Medical and sanitary report of the native army of Bengal for the year
Year: 1876
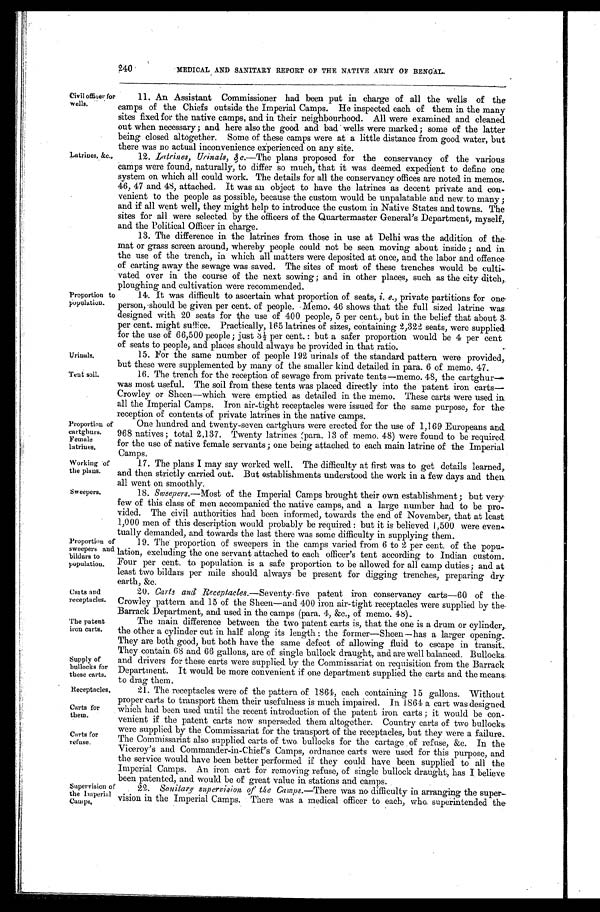
Urinals.
Tent soil.
Proportion of
cartghurs.
Female
latrines.
Working of
the plans.
Casts and
receptacles.
The patent
iron carts.
Supply of
bullocks for
these carts.
Receptacles
Carts for
them.
Carts for
refuse.
240
MEDICAL AND SANITARY REPORT OF THE NATIVE ARMY OF BENGAL.
Civil officer fox
wells.
Latrines, &c.,
Proportion tc
Population.
11. An Assistant Commissioner had been put in charge of all the wells of the
camps of the Chiefs outside the Imperial Camps. He inspected each of them in the many
sites fixed for the native camps, and in their neighbourhood. All were examined and cleaned
out when necessary; and here also the good and bad wells were marked ; some of the latter
being closed altogether. Some of these camps were at a little distance from good water, but
there was no actual inconvenience experienced on any site.
12. Latrines, Urinals, &c.— T h e
p l a n s p r o p o s e d f o r t h e c o n s e r v a n c y o f t h e v a r i o u s
camps were found, naturally, to differ so much, that it was deemed expedient to define one
system on which all could work. The details for all the conservancy offices are noted in memos.
46, 47 and 48, attached. It was an object to have the latrines as decent private and con-
venient to the people as possible, because the custom would be unpalatable and new to many ;
and if all went well, they might help to introduce the custom in Native States and towns. The
sites for all were selected by the officers of the Quartermaster General's Department, myself,
and the Political Officer in charge.
13. The difference in the latrines from those in use at Delhi was the addition of the
mat or grass screen around, whereby people could not be seen moving about inside ; and in
the use of the trench, in which all matters were deposited at once, and the labor and offence
of carting away the sewage was saved. The sites of most of these trenches would be culti-
vated over in the course of the next sowing ; and in other places, such as the city ditch,
ploughing and cultivation were recommended.
14. It was difficult to ascertain what proportion of seats, i. e., private partitions for one
person, should be given per cent. of people. Memo. 46 shows that the full sized latrine was
designed with 20 seats for the use of 400 people, 5 per cent., but in the belief that about 3
per cent. might suffice. Practically, 165 latrines of sizes, containing 2,322 seats, were supplied
f or t he use of 66, 500 peopl e ; j ust 3½ per cent . : but a saf er pr opor t i on woul d be 4 per cent
of seats to people, and places should always be provided in that ratio.
15. For the same number a people 192 urinals of the standard pattern were provided,
but these were supplemented by many of the smaller kind detailed in para. 6 of memo. 47.
1 6 . T h e t r e n c h f o r t h e r e c e p t i o n o f s e w a g e f r o m p r i v a t e t e n t s — m e m o . 4 8 , t h e c a r t g h u r —
was most useful. The soil from these tents was placed directly into the patent iron carts—
Crowley or Sheen—which were emptied as detailed in the memo. These carts were used in
all the Imperial Camps. Iron air-tight receptacles were issued for the same purpose, for the
reception of contents of private latrines in the native camps.
One hundred and twenty-seven cartghurs were erected for the use of 1,169 Europeans and
968 natives ; total 2, 137. Twenty latrines (para. 13 of memo. 48) were found to be required
for the use of native female servants ; one being attached to each main latrine of the Imperial
Camps.
17. The plans I may say worked well. The difficulty at first was to get details learned,
and then strictly carried out. But establishments understood the work in a few days and then
all went on smoothly.
Sweepers.
Proportion of
Sweepers and
bildars to
population.
18. Sweepers.—Most of the Imperial Camps brought their own establishment ; but very
few of this class of men accompanied the native camps, and a large number had to be pro--
vided. The civil authorities had been informed, towards the end of November, that at least
1,000 men of this description would probably be required : but it is believed 1,500 were even-
tually demanded, and towards the last there was some difficulty in supplying them.
19. The proportion of sweepers in the camps varied from 6 to 2 per cent. of the popu
lation, excluding the one servant attached to each officer's tent according to Indian custom..
Four per cent. to population is a safe proportion to be allowed for all camp duties.; and at
least two bildars per mile should always be present for digging trenches, preparing dry.
earth, &c.
Supervision of
the Imperial
Camps.
20. Carts and Receptacles.—Seventy five patent iron conservancy carts—60 of the
Crowley pattern and 15 of the Sheen—and 400 iron air-tight receptacles were supplied by the
Barrack Department, and used in the camps (para. 4, &c., of memo. 48).
The main difference between the two patent carts is, that the one is a drum or cylinder,
the other a cylinder cut in half along its length : the former—Sheen—has a larger opening.
They are both good, but both have the same defect of allowing fluid to escape in transit.
They contain 68 and 66 gallons, are of single bullock draught, and are well balanced. Bullocks.
and drivers for these carts were supplied by the Commissariat on requisition from the Barrack
Department. It would be more convenient if one department supplied the carts and the means
to drag them.
21. The receptacles were of the pattern of 1864, each containing 15 gallons. Without
proper carts to transport them their usefulness is much impaired. In 1864 a cart was designed
which had been used until the recent introduction of the patent iron carts ; it would be con-
-venient if the patent carts now superseded them altogether. Country carts of two bullocks
were supplied by the Commissariat for the transport of the receptacles, but they were a failure.
The Commissariat also supplied carts of two bullocks for the cartage of refuse, &c. In the
Viceroy's and Commander-in-Chief's Camps, ordnance carts were used for this purpose, and
the service would have been better performed if they could have been supplied to all the
Imperial Camps. An iron cart for removing refuse, of single bullock draught, has I believe
been patented and would be of great value in stations and camps.
22. Sanitary supervision Of the Camps.—There was no difficulty in arranging the super—-
vision in the Imperial Camps. There was a medical officer to each, who superintended the